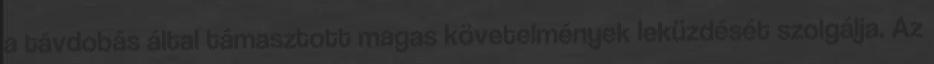
a távdobás által támasztott magas követelmények leküzdését szolgálja. Az